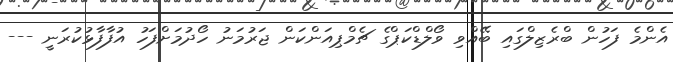
އެންމެ ފަހުން ބްރެޒިލްގައި ބޭއްވި ވޯލްޑްކަޕްގެ ޗެމްޕިއަންކަން ޖަރުމަނު ހޯދުމަށްފަހު އުފާފާޅުކުރަނީ ---